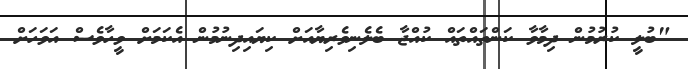
"ބުލީ ކުރުމުން ދިމާވާ ކަންތައްތައް ކުއްޖާ ބެލެނިވެރިޔާއަށް ކިޔައިދިނުމުން އެކަމަށް ވީހާވެސް އަވަހަށް